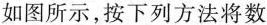
如图所示，按下列方法将数